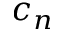
c _ { n }